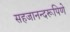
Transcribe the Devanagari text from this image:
सहजानन्दरूपिणे